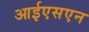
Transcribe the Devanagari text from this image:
आईएसएन